Scottish Certificate of Education, 1963
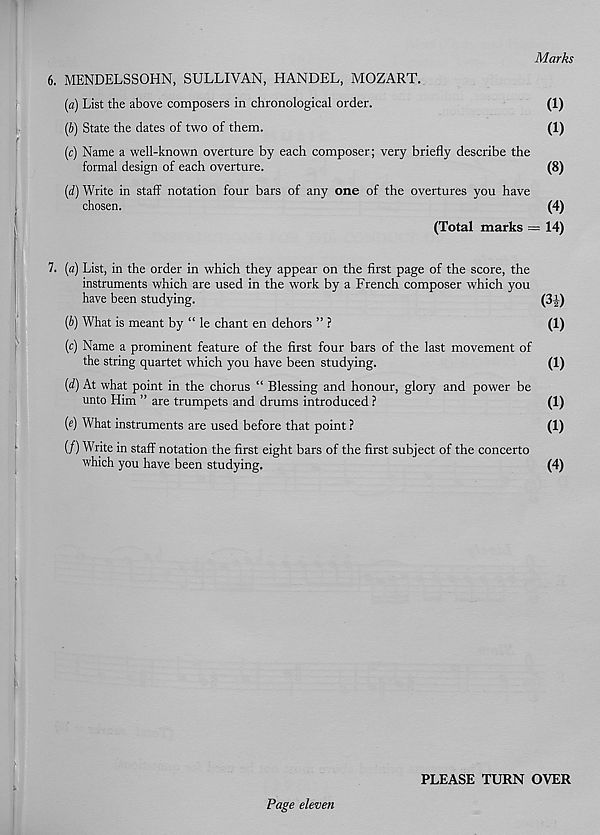
Marks
6. MENDELSSOHN, SULLIVAN, HANDEL, MOZART.
(a) List the above composers in chronological order.
(1)
(6) State the dates of two of them.
(1)
(c) Name a well-known overture by each composer; very briefly describe the
formal design of each overture.
(8)
(d) Write in staff notation four bars of any one of the overtures you have
chosen.
(4)
(Total marks - 14)
7. (a) List, in the order in which they appear on the first page of the score, the
instruments which are used in the work by a French composer which you
have been studying.
(3|-)
(b) What is meant by “ le chant en dehors ”?
(1)
(c) Name a prominent feature of the first four bars of the last movement of
the string quartet which you have been studying.
(1)
(d) At what point in the chorus “ Blessing and honour, glory and power be
unto Him ” are trumpets and drums introduced ?
(1)
(e) What instruments are used before that point ?
(1)
(/) Write in staff notation the first eight bars of the first subject of the concerto
which you have been studying.
(4)
PLEASE TURN OVER
Page eleven